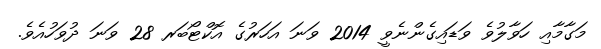
މަގާމާއި ހަވާލުވެ ވަޑައިގެންނެވީ 2014 ވަނަ އަހަރުގެ އޮކްޓޯބަރ 28 ވަނަ ދުވަހުއެވެ.